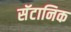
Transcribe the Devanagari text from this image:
सॅटानिक